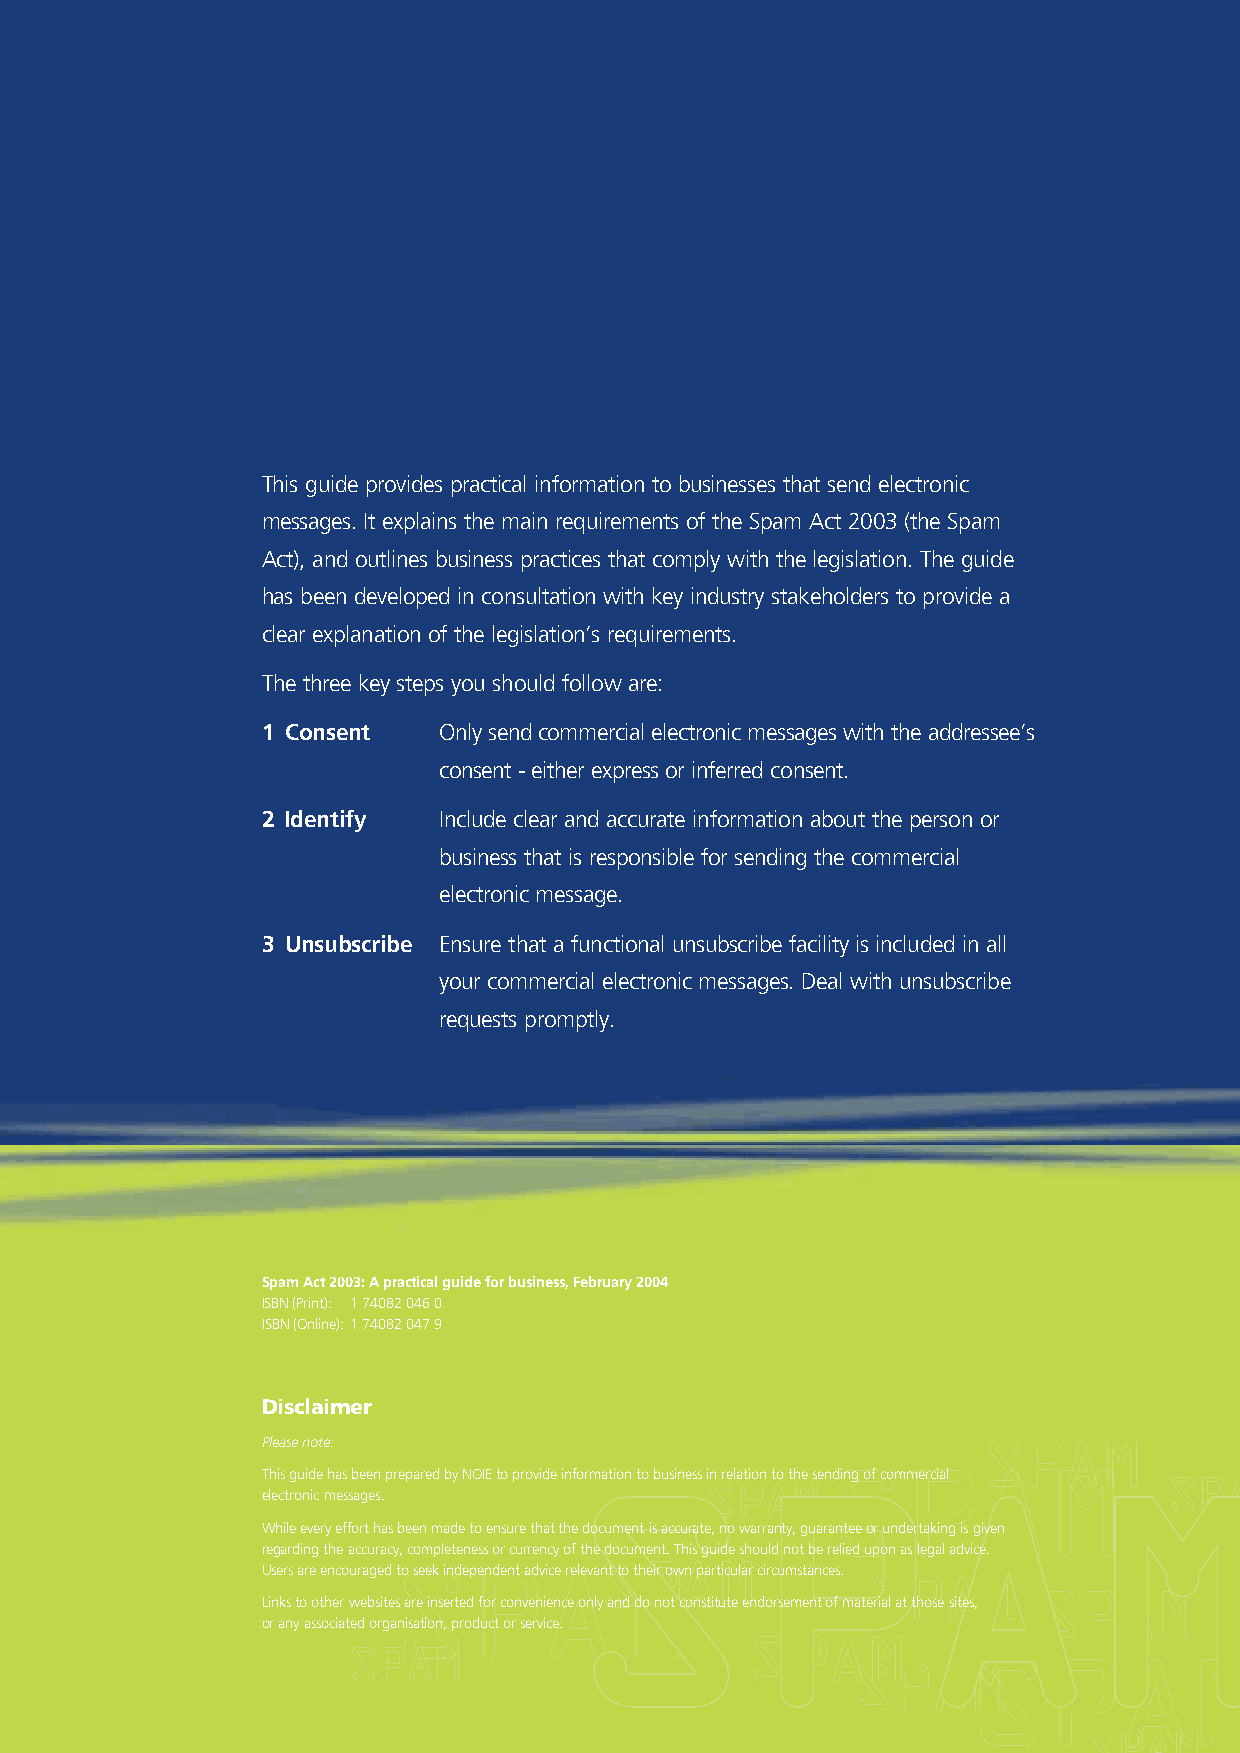
This guide provides practical information to businesses that send electronic
 messages. It explains the main requirements of the Spam Act 2003 (the Spam
 Act), and outlines business practices that comply with the legislation. The guide
 has been developed in consultation with key industry stakeholders to provide a
 clear explanation of the legislation’s requirements.
 The three key steps you should follow are:
 1 Consent   Only send commercial electronic messages with the addressee’s
 consent - either express or inferred consent.
 2 Identify  Include clear and accurate information about the person or
 business that is responsible for sending the commercial
 electronic message.
 3 Unsubscribe Ensure that a functional unsubscribe facility is included in all
 your commercial electronic messages. Deal with unsubscribe
 requests promptly.
 Spam Act 2003: A practical guide for business, February 2004
 ISBN (Print): 1 74082 046 0
 ISBN (Online): 1 74082 047 9
 Disclaimer
 Please note:
 This guide has been prepared by NOIE to provide information to business in relation to the sending of commercial
 electronic messages.
 While every effort has been made to ensure that the document is accurate, no warranty, guarantee or undertaking is given
 regarding the accuracy, completeness or currency of the document. This guide should not be relied upon as legal advice.
 Users are encouraged to seek independent advice relevant to their own particular circumstances.
 Links to other websites are inserted for convenience only and do not constitute endorsement of material at those sites,
 or any associated organisation, product or service.